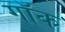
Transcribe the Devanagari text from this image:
गॉक